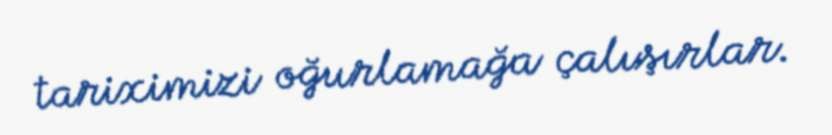
tariximizi oğurlamağa çalışırlar.